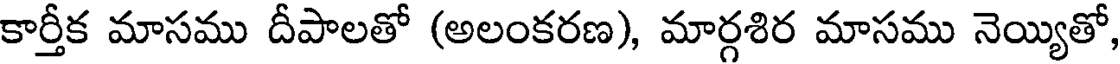
కార్తీక మాసము దీపాలతో (అలంకరణ), మార్గశిర మాసము నెయ్యితో,